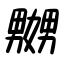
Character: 嬲